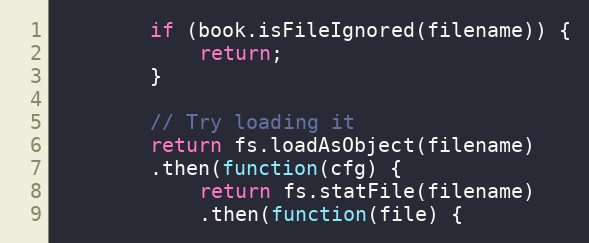
Language: JavaScript
        if (book.isFileIgnored(filename)) {
            return;
        }

        // Try loading it
        return fs.loadAsObject(filename)
        .then(function(cfg) {
            return fs.statFile(filename)
            .then(function(file) {